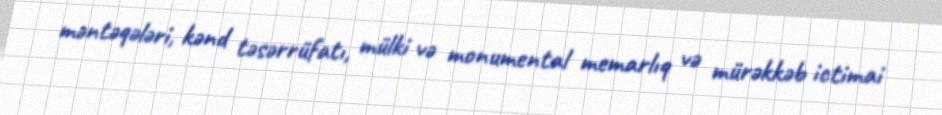
məntəqələri, kənd təsərrüfatı, mülki və monumental memarlıq və mürəkkəb ictimai